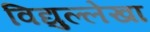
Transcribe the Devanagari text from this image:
विद्युल्लेखा